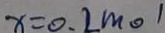
x = 0 . 2 m o 1